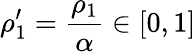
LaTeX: \rho_{1}^{\prime}=\frac{\rho_{1}}{\alpha}\in[0,1]